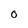
Character: O